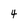
Character: 4